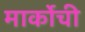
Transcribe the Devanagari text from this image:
मार्कोची